Indian journal of veterinary science and animal husbandry - Volume 4,
Year: 1934
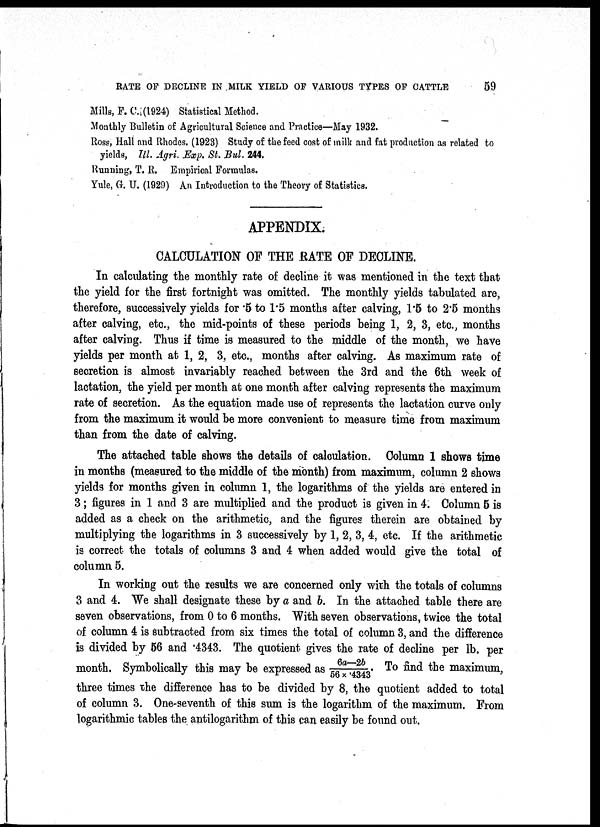
RATE OF DECLINE IN MILK YIELD OF VARIOUS TYPES OF CATTLE 59
Mills, F. C.(l924) Statistical Method.
Monthly Bulletin of Agricultural Science and Practice—May 1932.
Ross, Hall and Rhodes. (1923) Study of the feed cost of milk and fat production as related to
yields, Ill. Agri. Exp. St. Bul. 244.
Running, T. R. Empirical Formulas.
Yule, G. U. (1929) An Introduction to the Theory of Statistics.
APPENDIX.
CALCULATION OF THE RATE OF DECLINE.
In calculating the monthly rate of decline it was mentioned in the text that
the yield for the first fortnight was omitted. The monthly yields tabulated are,
therefore, successively yields for .5 to 1.5 months after calving, 1.5 to 2.5 months
after calving, etc., the mid-points of these periods being 1, 2, 3, etc., months
after calving. Thus if time is measured to the middle of the month, we have
yields per month at 1, 2, 3, etc., months after calving. As maximum rate of
secretion is almost invariably reached between the 3rd and the 6th week of
lactation, the yield per month at one month after calving represents the maximum
rate of secretion. As the equation made use of represents the lactation curve only
from the maximum it would be more convenient to measure time from maximum
than from the date of calving.
The attached table shows the details of calculation. Column 1 shows time
in months (measured to the middle of the month) from maximum, column 2 shows
yields for months given in column 1, the logarithms of the yields are entered in
3; figures in 1 and 3 are multiplied and the product is given in 4. Column 5 is
added as a check on the arithmetic, and the figures therein are obtained by
multiplying the logarithms in 3 successively by 1, 2, 3, 4, etc. If the arithmetic
is correct the totals of columns 3 and 4 when added would give the total of
column 5.
In working out the results we are concerned only with the totals of columns
3 and 4. We shall designate these by a and b. In the attached table there are
seven observations, from 0 to 6 months. With seven observations, twice the total
of column 4 is subtracted from six times the total of column 3, and the difference
is divided by 56 and .4343. The quotient gives the rate of decline per lb. per
month. Symbolically this may be expressed as 6a—2b/56×.4343 To find the maximum,
three times the difference has to be divided by 8, the quotient added to total
of column 3. One-seventh of this sum is the logarithm of the maximum. From
logarithmic tables the antilogarithm of this can easily be found out.